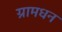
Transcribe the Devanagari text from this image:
ग्रामधन